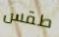
طقس